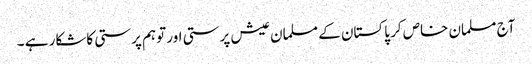
آج مسلمان خاص کر پاکستان کے مسلمان عیش پرستی اور توہم پرستی کاشکار ہے ۔